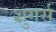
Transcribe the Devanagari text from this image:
शुगर्स